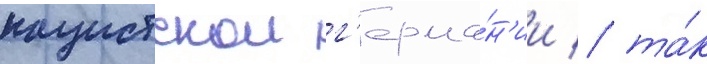
нацистскои г'ерма́н'ии / та́к